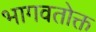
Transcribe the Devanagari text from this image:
भागवतोक्त